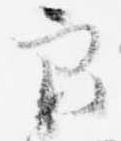
良